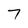
Character: 7